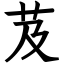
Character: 芨